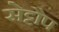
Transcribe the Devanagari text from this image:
सेट्टौप